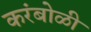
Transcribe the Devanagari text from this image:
करंबोळी